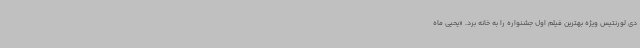
دی لورنتیس ویژه بهترین فیلم اول جشنواره را به خانه برد. «یحیی ماه